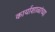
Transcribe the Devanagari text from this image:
कार्याशाळांच्या